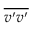
\overline { { v ^ { \prime } v ^ { \prime } } }